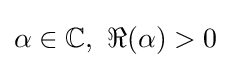
\alpha \in \mathbb {C} ,\ \Re (\alpha )>0